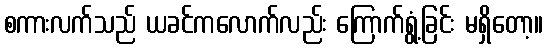
စကားလက်သည် ယခင်ကလောက်လည်း ကြောက်ရွံ့ခြင်း မရှိတော့။